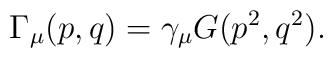
\Gamma _{\mu }(p,q)=\gamma _{\mu }G(p^{2},q^{2}).